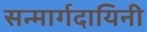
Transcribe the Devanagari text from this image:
सन्मार्गदायिनी